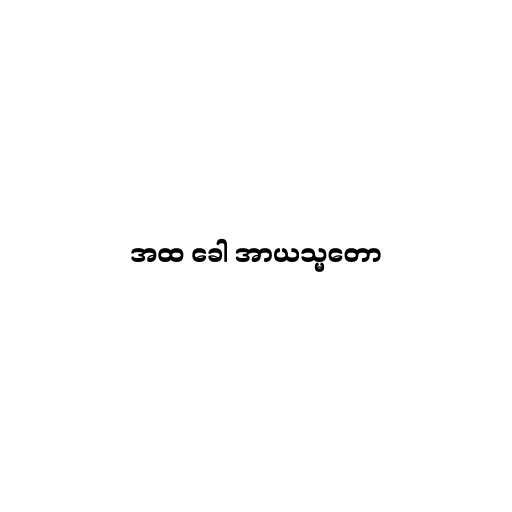
အထ ခေါ အာယသ္မတော